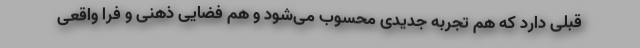
قبلی دارد که هم تجربه جدیدی محسوب می‌شود و هم فضایی ذهنی و فرا واقعی